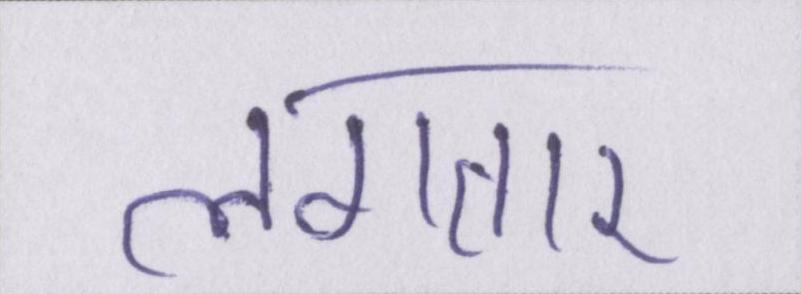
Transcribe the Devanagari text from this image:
लगतार